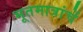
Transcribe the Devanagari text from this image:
भूतमात्रांचें